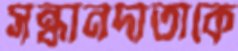
সন্ধানদাতাকে